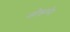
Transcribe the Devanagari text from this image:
जोझमेर